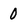
Character: 0